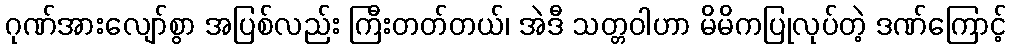
ဂုဏ်အားလျော်စွာ အပြစ်လည်း ကြီးတတ်တယ်၊ အဲဒီ သတ္တဝါဟာ မိမိကပြုလုပ်တဲ့ ဒဏ်ကြောင့်